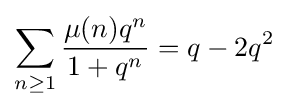
\sum _{n\geq 1}{\frac {\mu (n)q^{n}}{1+q^{n}}}=q-2q^{2}